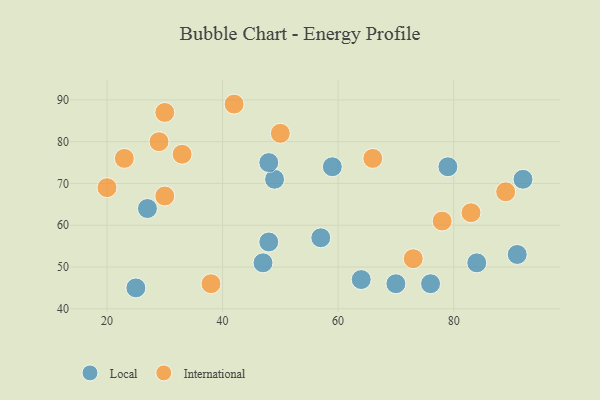
{"axis": {"x": "GDP", "y": "Life Expectancy"}, "legend": ["International", "Local"], "data": [{"x": "76", "y": 46, "type": "Local"}, {"x": "59", "y": 74, "type": "Local"}, {"x": "57", "y": 57, "type": "Local"}, {"x": "84", "y": 51, "type": "Local"}, {"x": "91", "y": 53, "type": "Local"}, {"x": "49", "y": 71, "type": "Local"}, {"x": "48", "y": 56, "type": "Local"}, {"x": "47", "y": 51, "type": "Local"}, {"x": "79", "y": 74, "type": "Local"}, {"x": "64", "y": 47, "type": "Local"}, {"x": "27", "y": 64, "type": "Local"}, {"x": "48", "y": 75, "type": "Local"}, {"x": "70", "y": 46, "type": "Local"}, {"x": "92", "y": 71, "type": "Local"}, {"x": "25", "y": 45, "type": "Local"}, {"x": "50", "y": 82, "type": "International"}, {"x": "89", "y": 68, "type": "International"}, {"x": "33", "y": 77, "type": "International"}, {"x": "38", "y": 46, "type": "International"}, {"x": "20", "y": 69, "type": "International"}, {"x": "42", "y": 89, "type": "International"}, {"x": "30", "y": 87, "type": "International"}, {"x": "23", "y": 76, "type": "International"}, {"x": "66", "y": 76, "type": "International"}, {"x": "83", "y": 63, "type": "International"}, {"x": "29", "y": 80, "type": "International"}, {"x": "73", "y": 52, "type": "International"}, {"x": "78", "y": 61, "type": "International"}, {"x": "30", "y": 67, "type": "International"}]}